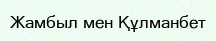
Жамбыл мен Құлманбет